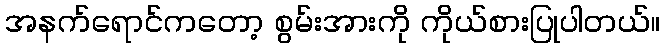
အနက်ရောင်ကတော့ စွမ်းအားကို ကိုယ်စားပြုပါတယ်။